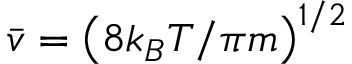
\bar { v } = \left( 8 k _ { B } T / \pi m \right) ^ { 1 / 2 }